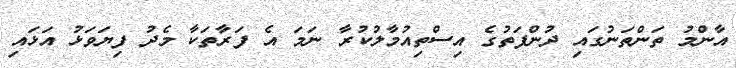
އާންމު ތަންތަނުގައި ދުންފަތުގެ އިސްތިއުމާލުކުރާ ނަމަ އެ ފަރާތަކާ މެދު ފިޔަވަޅު އަޅައި